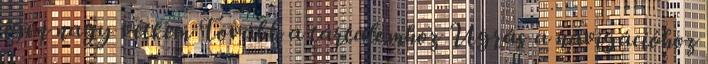
igen nagy vétkem Tovább a tartalomhoz Ugrás a navigációhoz